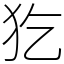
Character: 犵